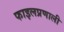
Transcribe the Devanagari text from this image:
फाइलप्रणाली